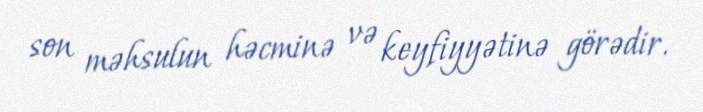
son məhsulun həcminə və keyfiyyətinə görədir.